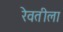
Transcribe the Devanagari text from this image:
रेवतीला